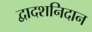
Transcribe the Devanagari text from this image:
द्वादशनिदान